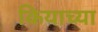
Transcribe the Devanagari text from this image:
कियाच्या